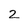
Character: 2